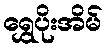
ရွှေပိုးအိမ်